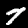
Label: 7